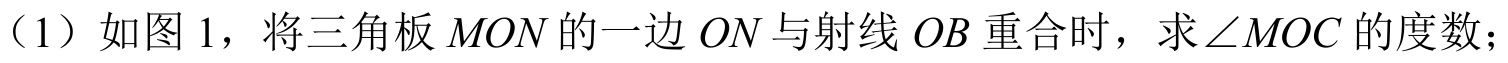
（1）如图 1，将三角板$MON$的一边$ON$与射线$OB$重合时，求$\angle MOC$的度数；